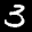
Label: 3